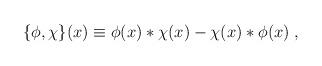
LaTeX: \begin{align*}\{\phi,\chi\}(x) \equiv \phi(x) *\chi(x) - \chi(x) * \phi(x)\; ,\end{align*}